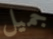
جميل